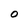
Character: O